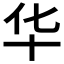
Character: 华